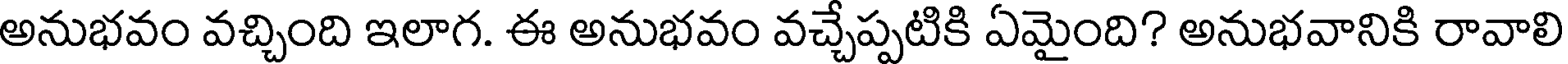
అనుభవం వచ్చింది ఇలాగ. ఈ అనుభవం వచ్చెప్పటికి ఏమైంది? అనుభవానికి రావాలి